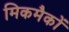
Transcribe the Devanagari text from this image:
मिकमैकों